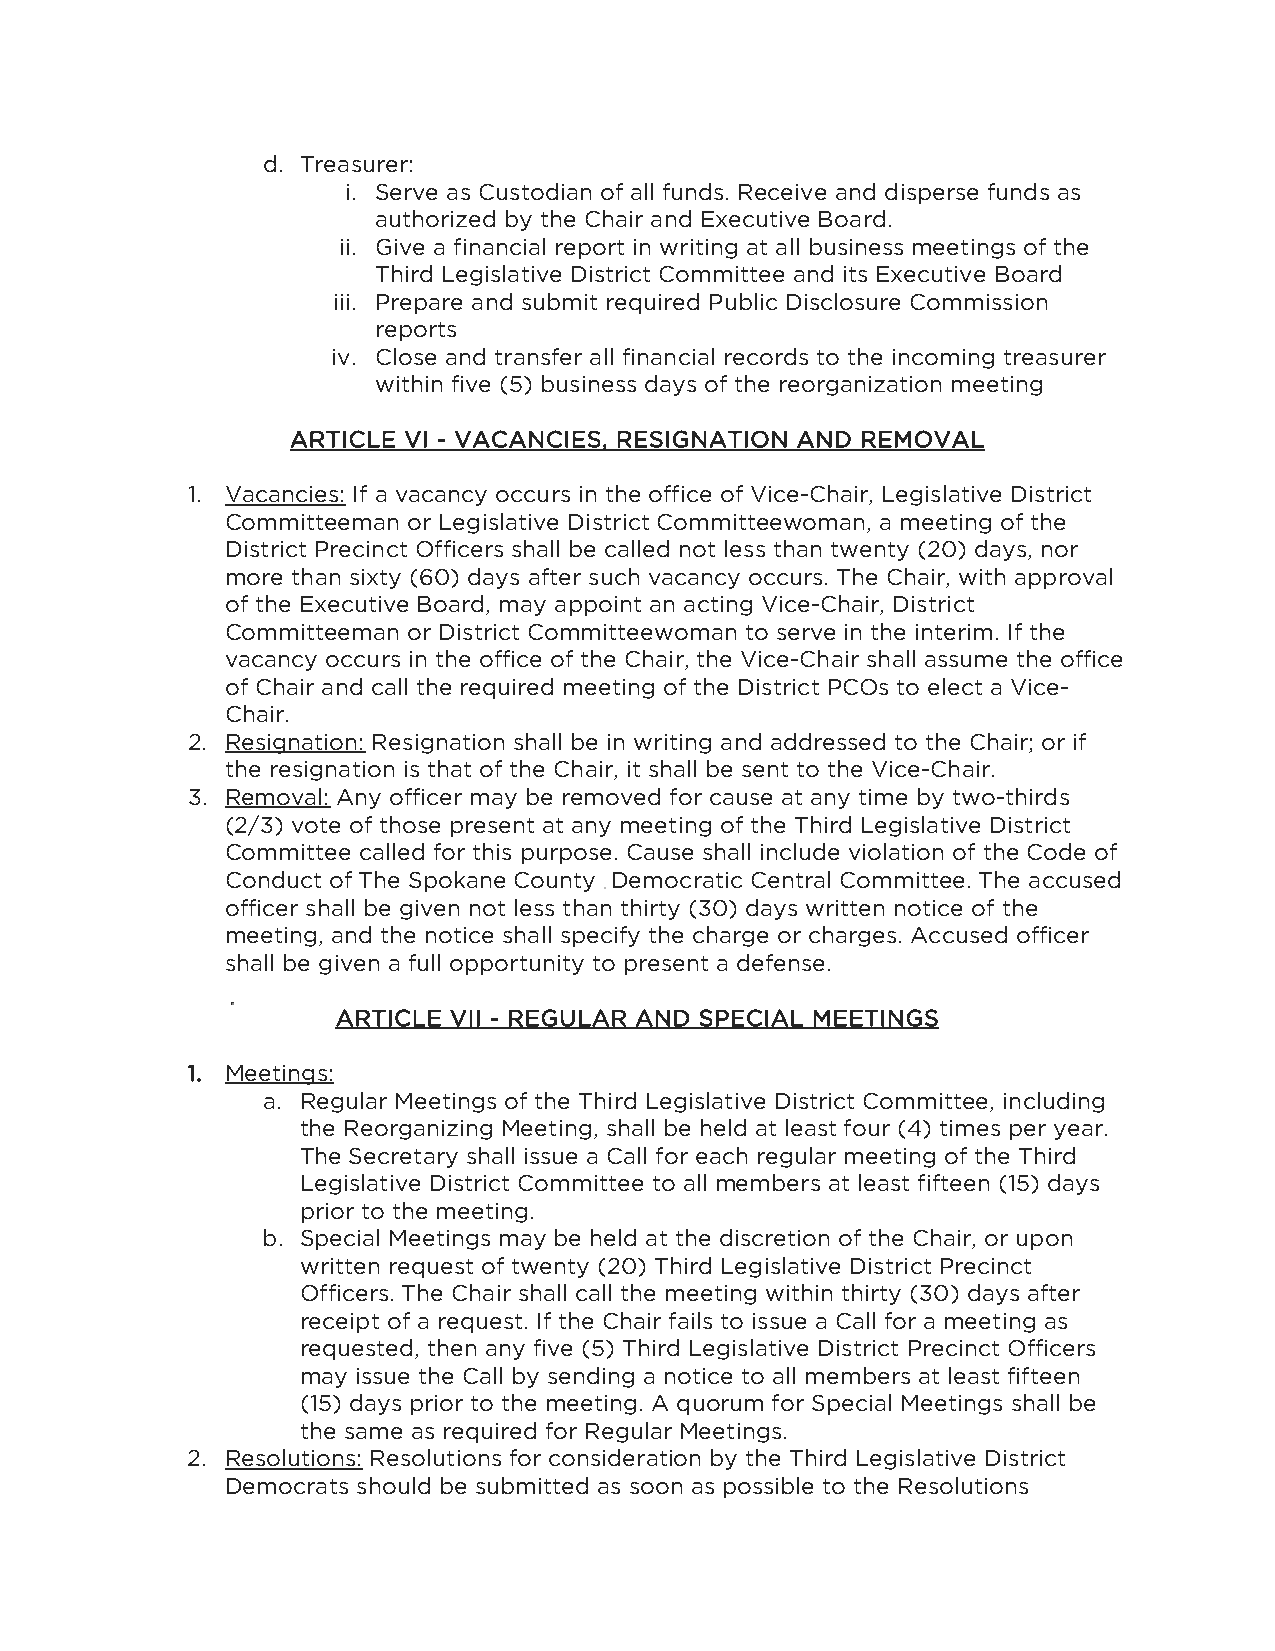
d. Treasurer:
 i. Serve as Custodian of all funds. Receive and disperse funds as
 authorized by the Chair and Executive Board.
 ii. Give a financial report in writing at all business meetings of the
 Third Legislative District Committee and its Executive Board
 iii. Prepare and submit required Public Disclosure Commission
 reports
 iv. Close and transfer all financial records to the incoming treasurer
 within five (5) business days of the reorganization meeting
 ARTICLE VI - VACANCIES, RESIGNATION AND REMOVAL
 1. Vacancies: If a vacancy occurs in the office of Vice-Chair, Legislative District
 Committeeman or Legislative District Committeewoman, a meeting of the
 District Precinct Officers shall be called not less than twenty (20) days, nor
 more than sixty (60) days after such vacancy occurs. The Chair, with approval
 of the Executive Board, may appoint an acting Vice-Chair, District
 Committeeman or District Committeewoman to serve in the interim. If the
 vacancy occurs in the office of the Chair, the Vice-Chair shall assume the office
 of Chair and call the required meeting of the District PCOs to elect a Vice-
 Chair.
 2. Resignation: Resignation shall be in writing and addressed to the Chair; or if
 the resignation is that of the Chair, it shall be sent to the Vice-Chair.
 3. Removal: Any officer may be removed for cause at any time by two-thirds
 (2/3) vote of those present at any meeting of the Third Legislative District
 Committee called for this purpose. Cause shall include violation of the Code of
 Conduct of The Spokane County Democratic Central Committee. The accused
 officer shall be given not less than thirty (30) days written notice of the
 meeting, and the notice shall specify the charge or charges. Accused officer
 shall be given a full opportunity to present a defense.
 ARTICLE VII - REGULAR AND SPECIAL MEETINGS
 1. Meetings:
 a. Regular Meetings of the Third Legislative District Committee, including
 the Reorganizing Meeting, shall be held at least four (4) times per year.
 The Secretary shall issue a Call for each regular meeting of the Third
 Legislative District Committee to all members at least fifteen (15) days
 prior to the meeting.
 b. Special Meetings may be held at the discretion of the Chair, or upon
 written request of twenty (20) Third Legislative District Precinct
 Officers. The Chair shall call the meeting within thirty (30) days after
 receipt of a request. If the Chair fails to issue a Call for a meeting as
 requested, then any five (5) Third Legislative District Precinct Officers
 may issue the Call by sending a notice to all members at least fifteen
 (15) days prior to the meeting. A quorum for Special Meetings shall be
 the same as required for Regular Meetings.
 2. Resolutions: Resolutions for consideration by the Third Legislative District
 Democrats should be submitted as soon as possible to the Resolutions